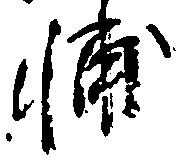
輔